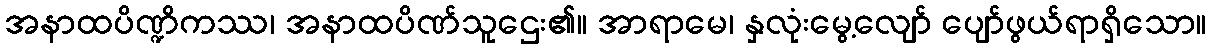
အနာထပိဏ္ဍိကဿ၊ အနာထပိဏ်သူဌေး၏။ အာရာမေ၊ နှလုံးမွေ့လျော် ပျော်ဖွယ်ရာရှိသော။